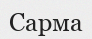
Сарма